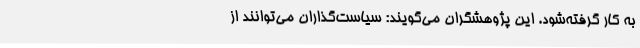
به کار گرفته‌شود. این پژوهشگران می‌گویند: سیاست‌گذاران می‌توانند از